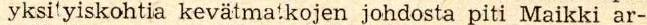
yksityiskohtia kevätmatkojen johdosta piti Maikki ar-